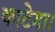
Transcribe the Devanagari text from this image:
काटेगा।